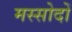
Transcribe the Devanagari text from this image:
मस्सोदों